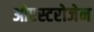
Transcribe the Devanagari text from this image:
ओएस्टरोजेन